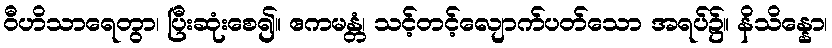
ဝီဟိသာရေတွာ၊ ပြီးဆုံးစေ၍။ ဧကမန္တံ၊ သင့်တင့်လျောက်ပတ်သော အရပ်၌။ နိသိန္နော၊